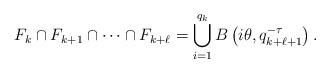
LaTeX: \begin{align*}F_k \cap F_{k+1} \cap \dots \cap F_{k+\ell} = \bigcup_{i=1}^{q_k} B \left( i\theta ,q_{k+\ell+1}^{-\tau} \right).\end{align*}